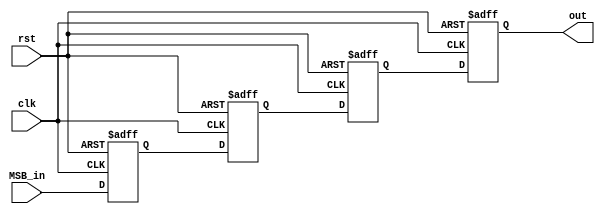
module shift_register_4bit_left(
  input MSB_in,rst,clk,
  output reg out
);
  reg Q0,Q1,Q2;
  always@(posedge clk or posedge rst)begin
    if(rst)begin
      out=1'b0;
      Q2=1'b0;
      Q1=1'b0;
      Q0=1'b0;
    end
    else begin
      Q0 <= MSB_in;
      Q1 <= Q0;
      Q2 <= Q1;
      out <= Q2;
    end
  end
endmodule